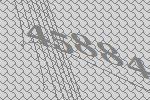
45884